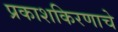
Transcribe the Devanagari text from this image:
प्रकाशकिरणाचे